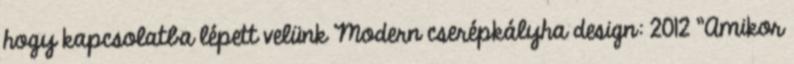
hogy kapcsolatba lépett velünk Modern cserépkályha design: 2012 "Amikor